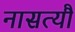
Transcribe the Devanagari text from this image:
नासत्यौ